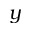
y